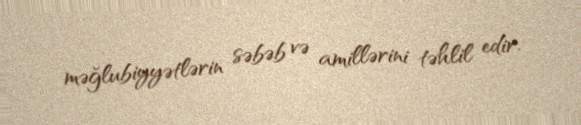
məğlubiyyətlərin səbəb və amillərini təhlil edir.